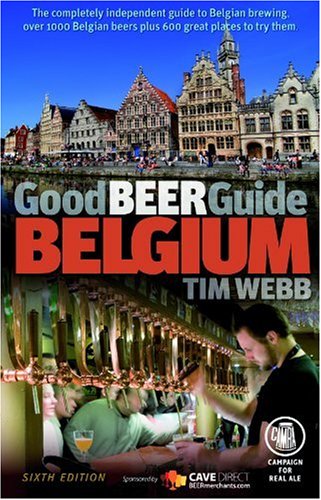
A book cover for Good Beer Guide Belgium; Tim Webb; Travel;